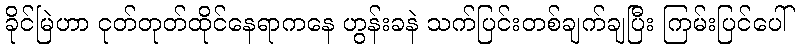
ခိုင်မြဲဟာ ငုတ်တုတ်ထိုင်နေရာကနေ ဟွန်းခနဲ သက်ပြင်းတစ်ချက်ချပြီး ကြမ်းပြင်ပေါ်